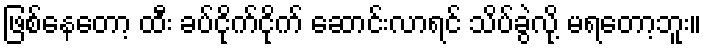
ဖြစ်နေတော့ ထီး ခပ်ငိုက်ငိုက် ဆောင်းလာရင် သိပ်ခွဲလို့ မရတော့ဘူး။